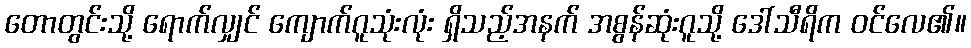
တောတွင်းသို့ ရောက်လျှင် ကျောက်ဂူသုံးလုံး ရှိသည့်အနက် အစွန်ဆုံးဂူသို့ ဒေါ်သီရိက ဝင်လေ၏။